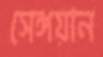
সেঙ্গয়ান